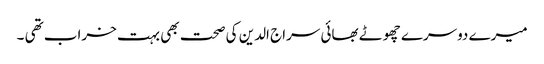
میرے دوسرے چھوٹے بھائی سراج الدین کی صحت بھی بہت خراب تھی ۔